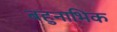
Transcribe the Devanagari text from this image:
बहुनाभिक